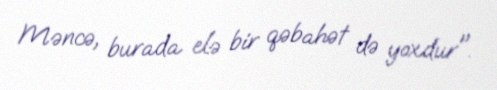
Məncə, burada elə bir qəbahət də yoxdur".